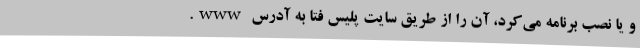
و یا نصب برنامه‌ می‌کرد، آن را از طریق سایت پلیس فتا به آدرس www.